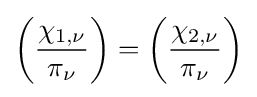
\left({\frac {\chi _{1,\nu }}{\pi _{\nu }}}\right)=\left({\frac {\chi _{2,\nu }}{\pi _{\nu }}}\right)